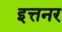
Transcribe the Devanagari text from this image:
इत्तनर